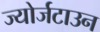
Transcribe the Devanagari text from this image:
ज्योर्जटाउन